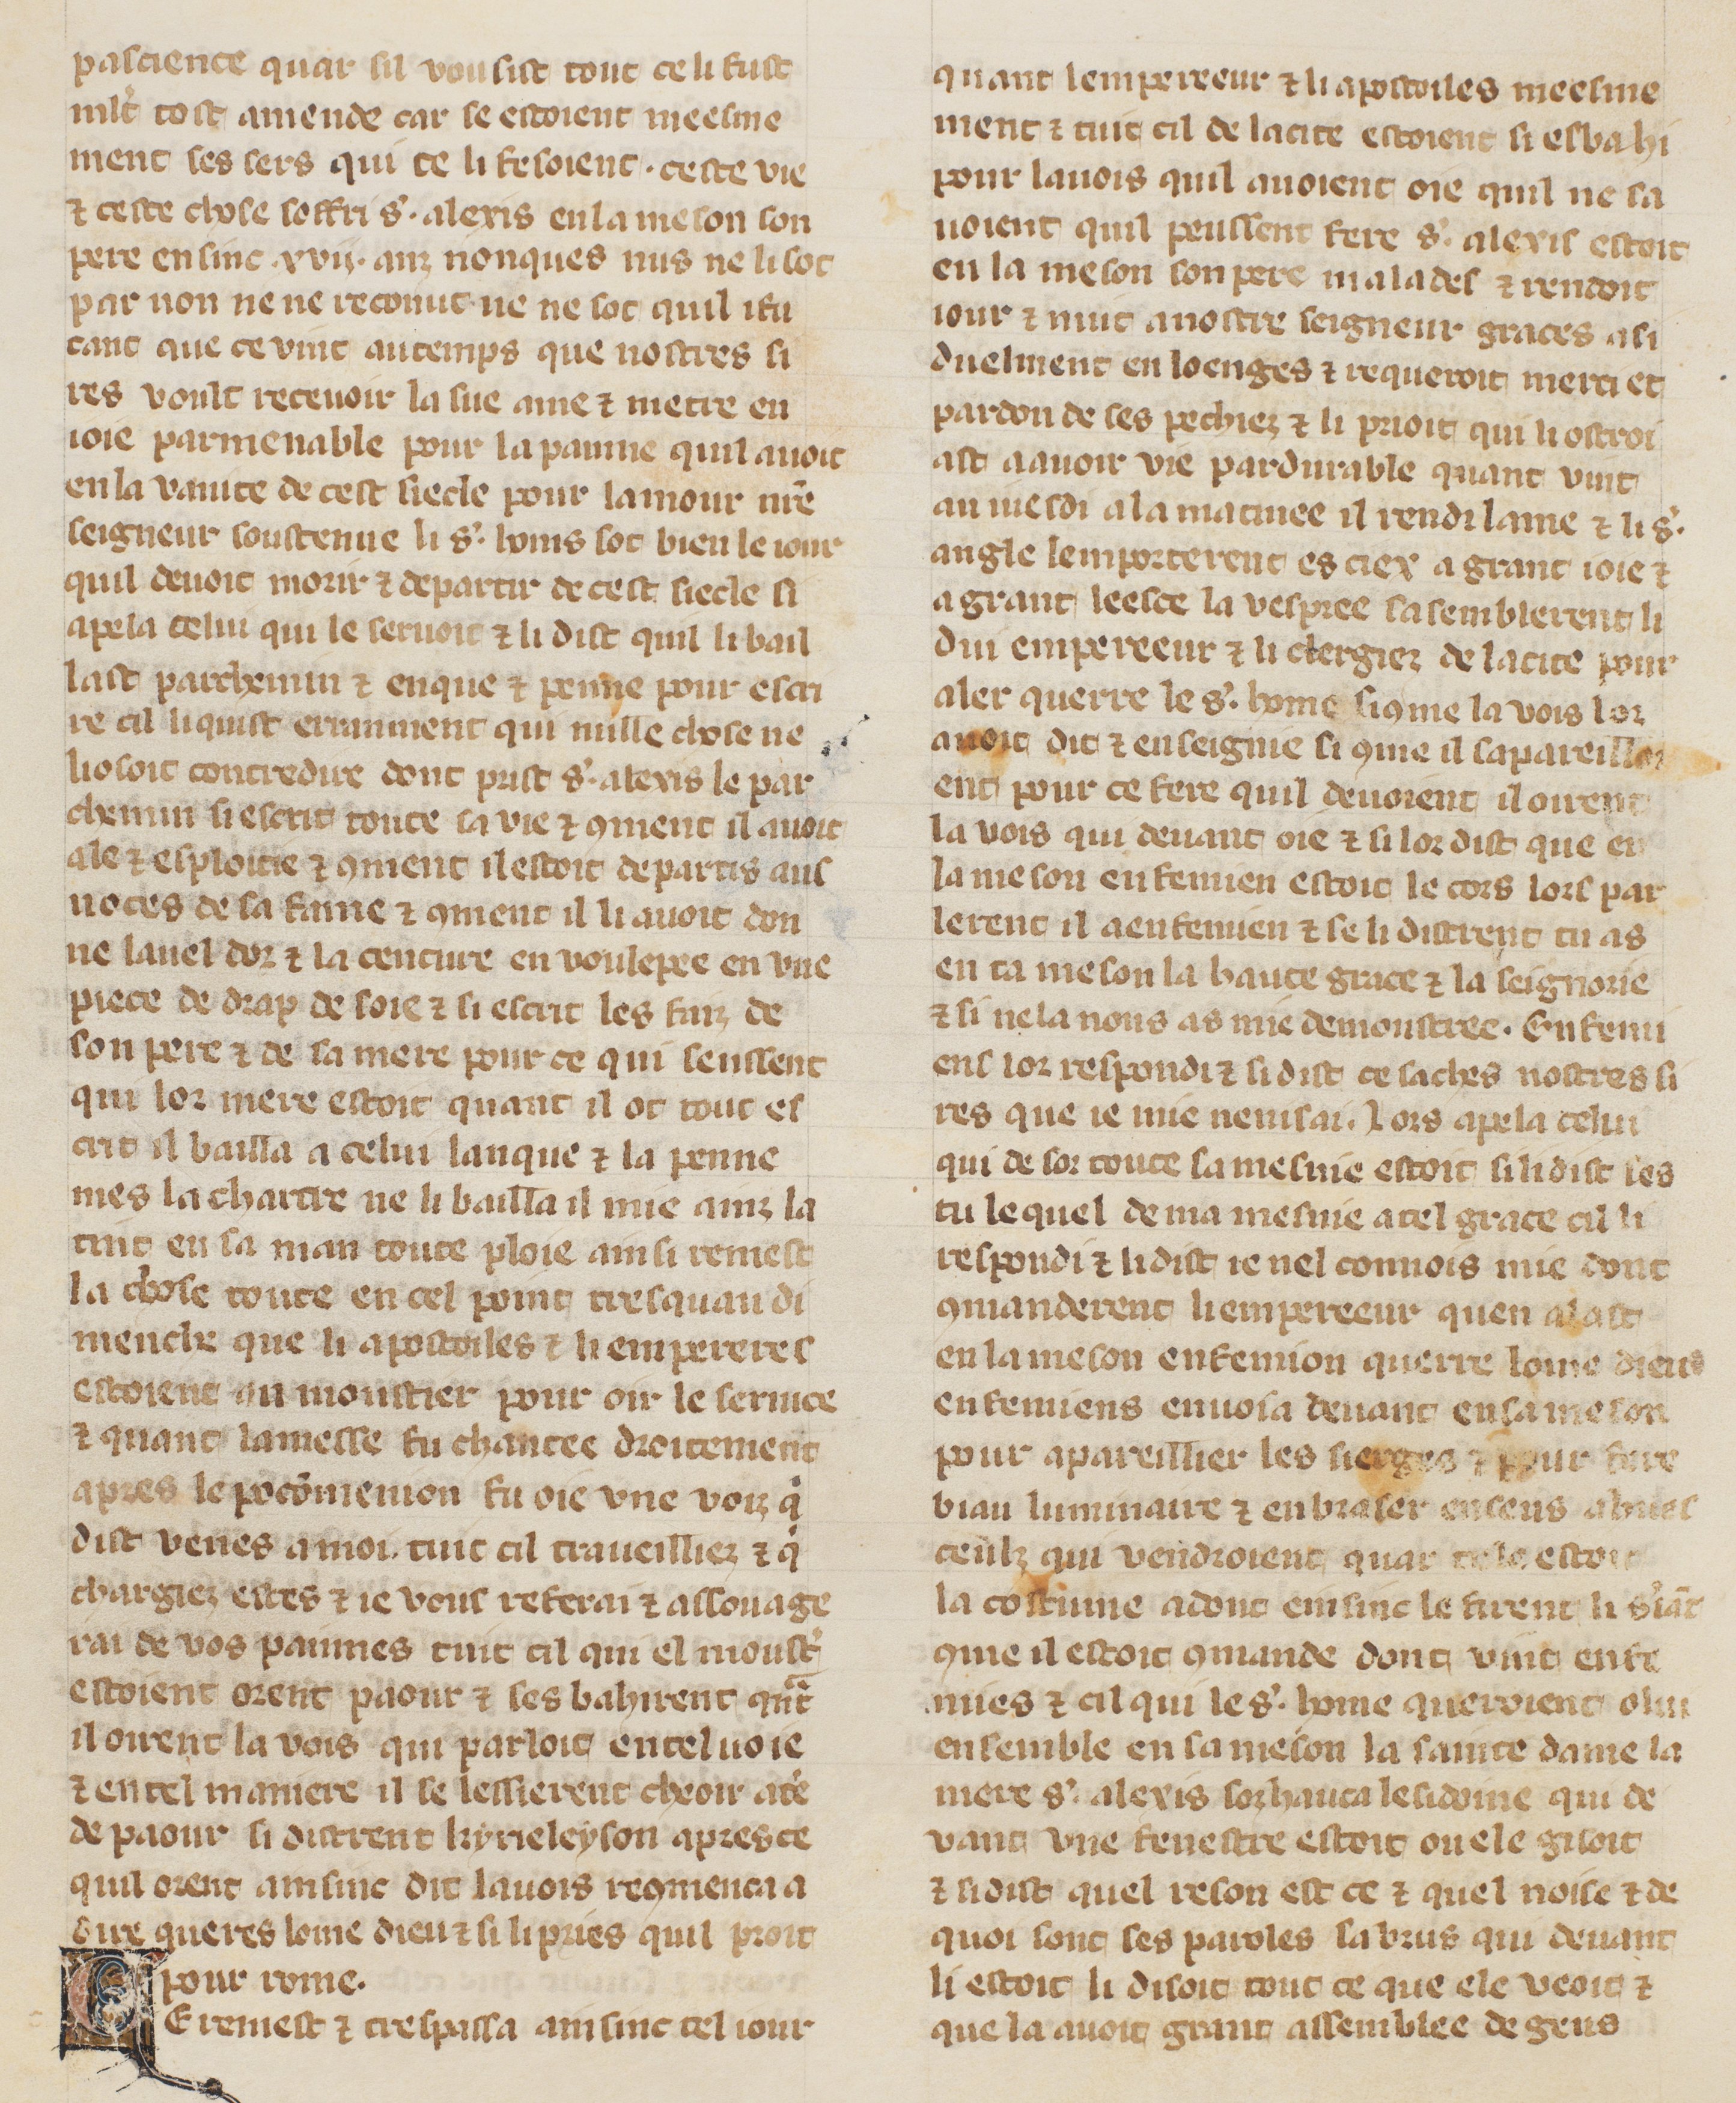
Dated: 1305–1335